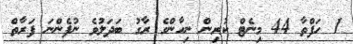
1 ހަފްތާ 44 މިނެޓް ކުރިން ނިހާންގެ ރާގު ބަދަލުވެ ނުފެންނަ ފަރާތް